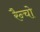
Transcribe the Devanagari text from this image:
रैन्चो